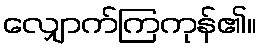
လျှောက်ကြကုန်၏။